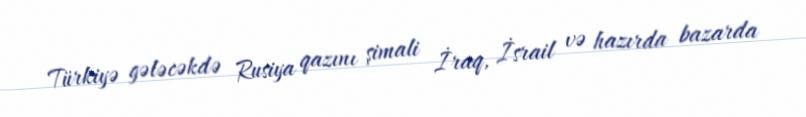
Türkiyə gələcəkdə Rusiya qazını şimali İraq, İsrail və hazırda bazarda